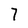
Character: 7